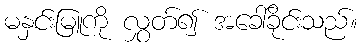
မနှင်းမြူကို လွှတ်၍ အခေါ်ခိုင်းသည်။